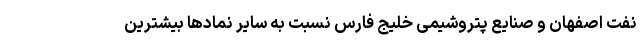
نفت اصفهان و صنایع پتروشیمی خلیج فارس نسبت به سایر نماد‌ها بیشترین